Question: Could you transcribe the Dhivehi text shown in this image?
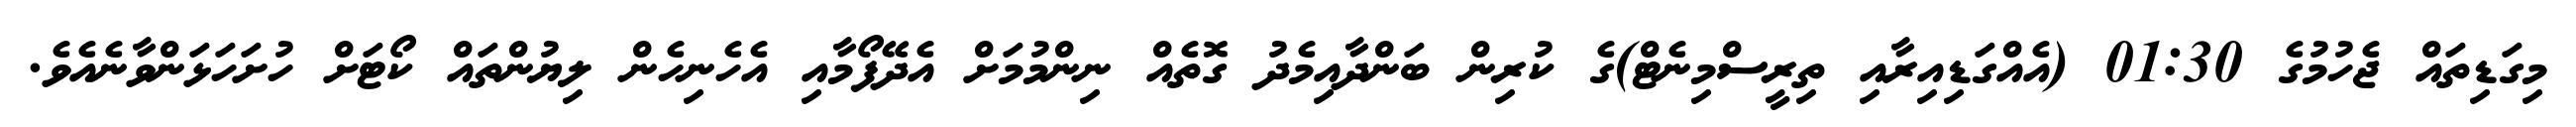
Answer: މިގަޑިތައް ޖެހުމުގެ 01:30 (އެއްގަޑިއިރާއި ތިރީސްމިނެޓް)ގެ ކުރިން ބަންދާއިމެދު ގޮތެއް ނިންމުމަށް އެދޭފޯމާއި އެހެނިހެން ލިޔުންތައް ކޯޓަށް ހުށަހަޅަންވާނެއެވެ.